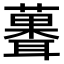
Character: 𫉻